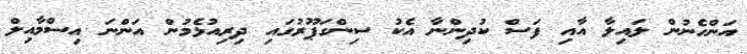
އަންހެނުން ލައިލާ އާއި ފަސް ކުދިންނާ އެކު ސިންގަޕޫރުގައި ދިރިއުޅެމުން އަންނަ އިސްމާއިލް